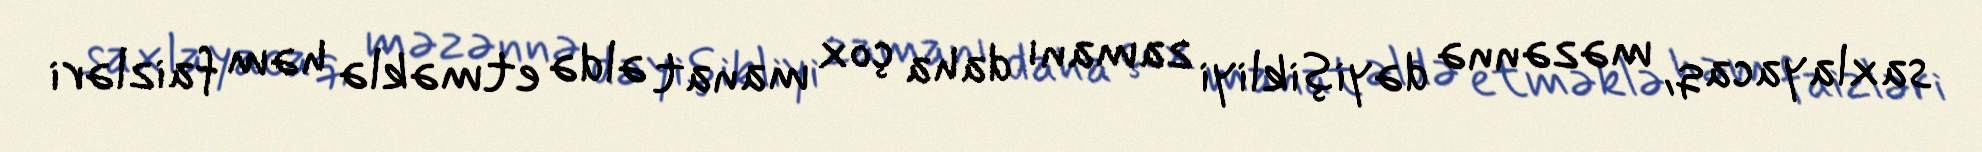
saxlayacaq, məzənnə dəyişikliyi zamanı daha çox manat əldə etməklə həm faizləri